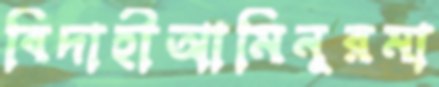
বিদাহীআমিনূরমা